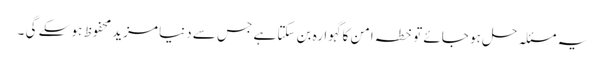
یہ مسئلہ حل ہو جائے تو خطہ امن کا گہوارہ بن سکتا ہے جس سے دنیا مزید محفوظ ہو سکے گی ۔